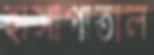
হাসাপাতাল